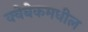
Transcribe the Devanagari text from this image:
क्वेबेकमधील